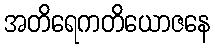
အတိရေကတိယောဇနေ